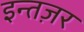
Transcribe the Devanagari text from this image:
इन्तज़र